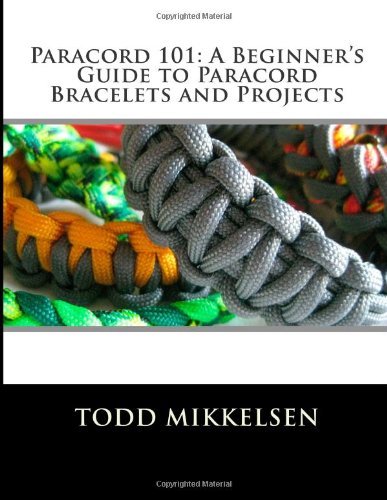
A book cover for Paracord 101: A Beginner's Guide to Paracord Bracelets and Projects; Todd Mikkelsen; Crafts, Hobbies & Home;